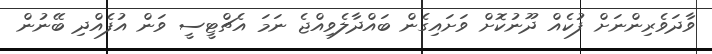
ވާދަވެރިންނަށް ފުކެއް ދޫނުކޮށް ވަށައިގެން ބައްދާލެވިއްޖެ ނަމަ އެޗްޓީސީ ވަން އުފެއްދި ބޭނުން